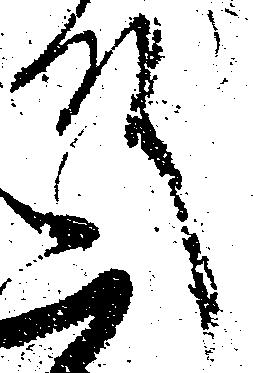
殿